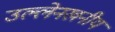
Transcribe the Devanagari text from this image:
उल्लेनखनीय